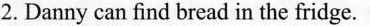
2. Danny can find bread in the fridge.